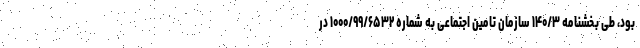
بود، طی بخشنامه ۱۴۰/۳ سازمان تامین اجتماعی به شماره ۱۰۰۰/۹۹/۶۵۳۲ در